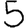
Digit: 5